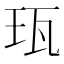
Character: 珁